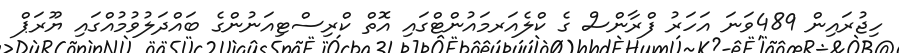
ހިޖުރައިން 489ވަނަ އަހަރު ފްރާންސް ގެ ކްލެއަރމައުންޓްގައި އޮތް ކްރިސްޓިއަނުންގެ ބައްދަލުވުމުއްގައި ޔޫރަޕް